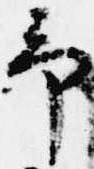
予